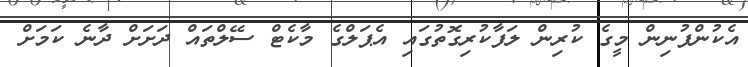
އެކުންފުނިން މީގެ ކުރިން ލަފާކުރިގޮތުގައި އެޕަލްގެ މާކެޓް ސޭލްތައް ދަށަށް ދާނެ ކަމަށް